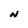
Character: N